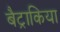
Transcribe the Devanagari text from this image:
बैट्राकिया